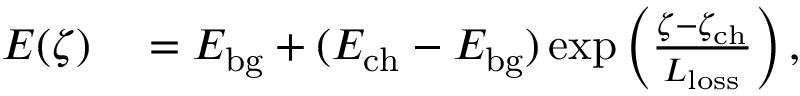
\begin{array} { r l } { E ( \zeta ) } & { { } = E _ { \mathrm { b g } } + ( E _ { \mathrm { c h } } - E _ { \mathrm { b g } } ) \exp \left( \frac { \zeta - \zeta _ { \mathrm { c h } } } { L _ { \mathrm { l o s s } } } \right) , } \end{array}